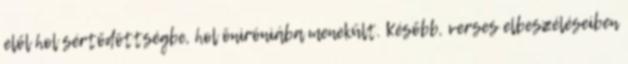
elől hol sértődöttségbe, hol öniróniába menekült. Később, verses elbeszéléseiben